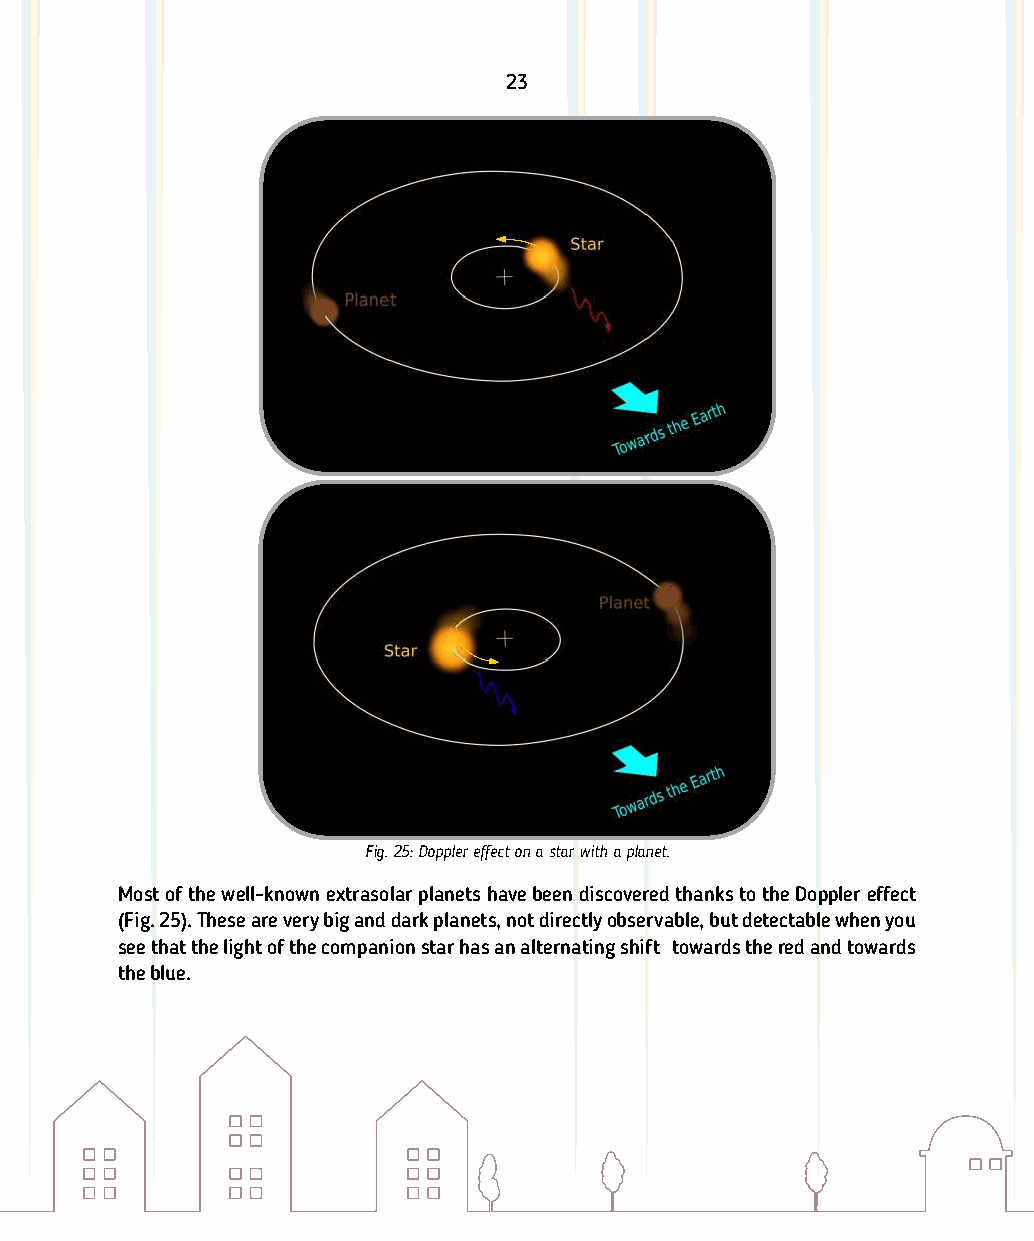
23
 Fig. 25: Doppler eect on a star with a planet.
 Most of the well-known extrasolar planets have been discovered thanks to the Doppler eect
 (Fig. 25). These are very big and dark planets, not directly observable, but detectable when you
 see that the light of the companion star has an alternating shift towards the red and towards
 the blue.